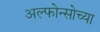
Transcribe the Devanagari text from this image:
अल्फोन्सोच्या